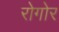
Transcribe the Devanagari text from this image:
रोगोर